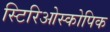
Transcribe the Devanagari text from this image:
स्टिरिओस्कोपिक